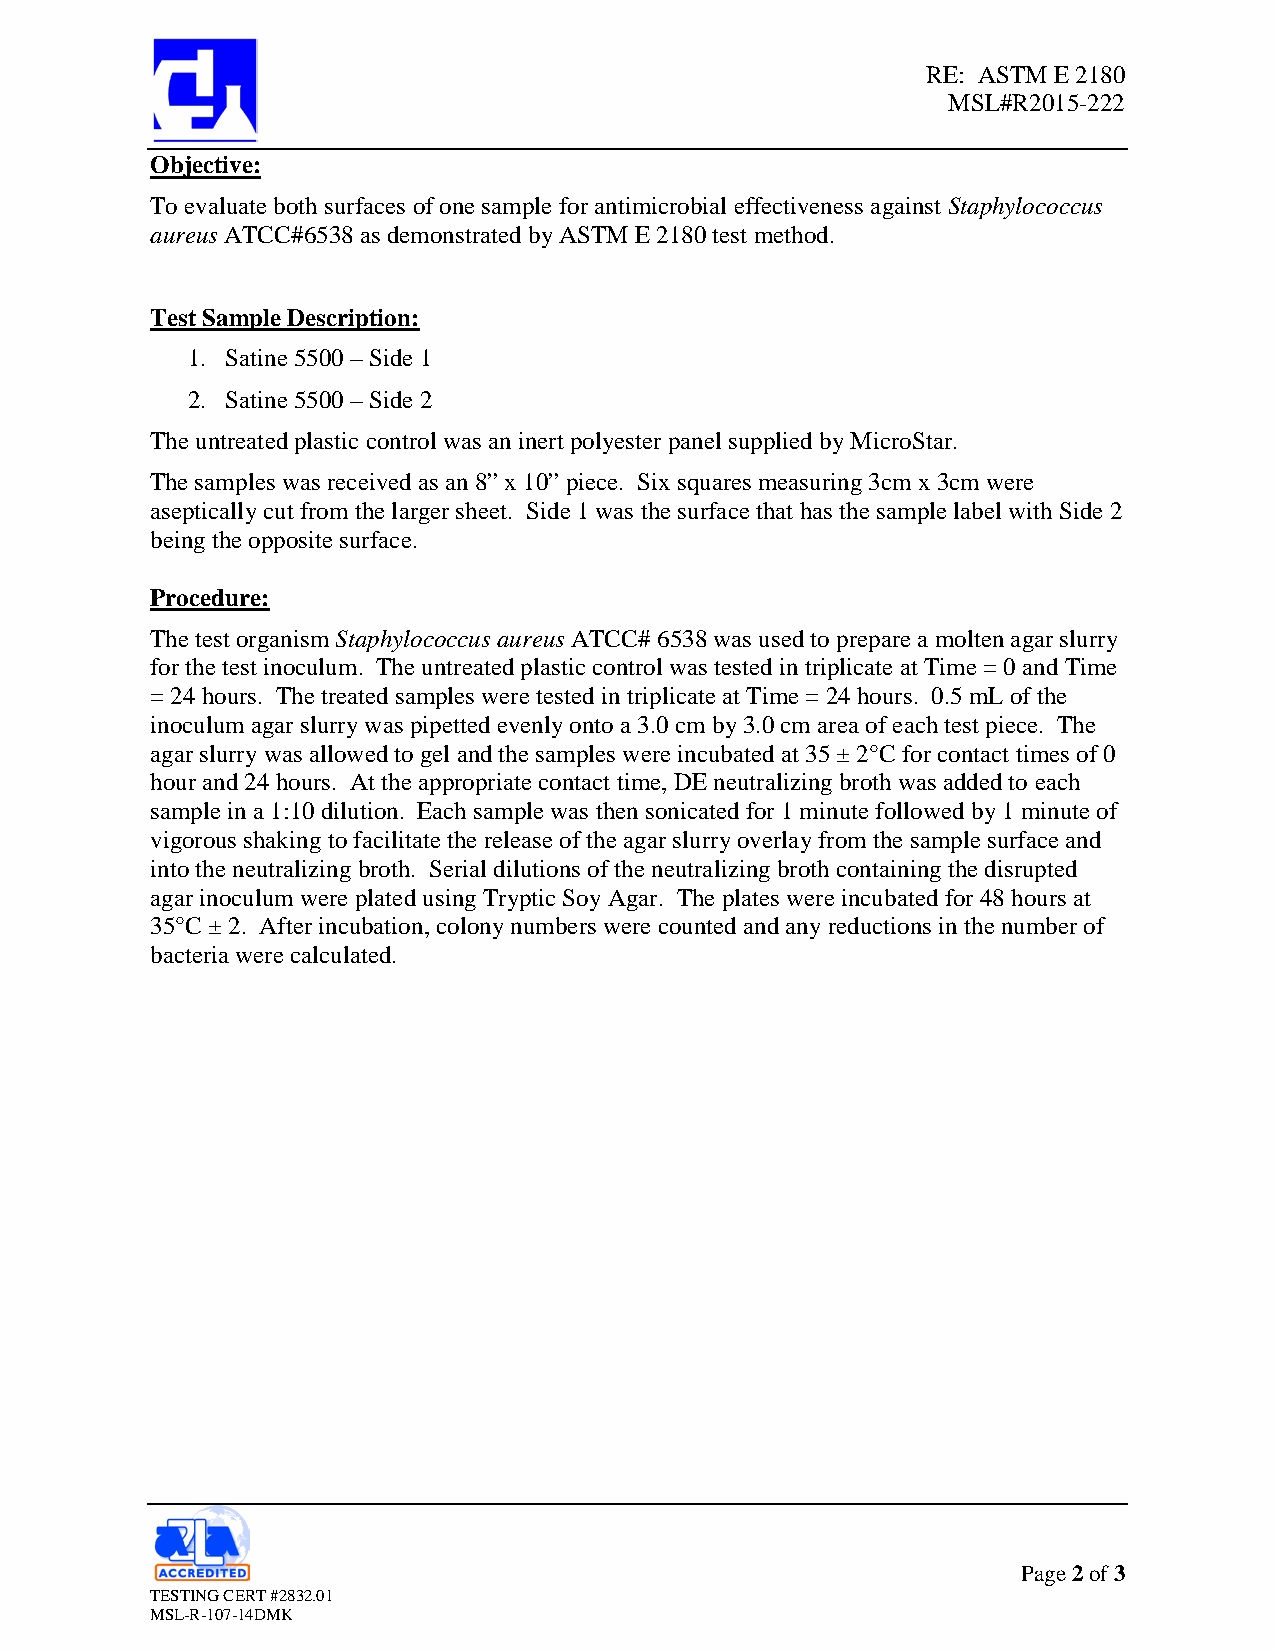
RE: ASTM E 2180
 MSL#R2015-222
 Objective:
 To evaluate both surfaces of one sample for antimicrobial effectiveness against Staphylococcus
 aureus ATCC#6538 as demonstrated by ASTM E 2180 test method.
 Test Sample Description:
 1. Satine 5500 – Side 1
 2. Satine 5500 – Side 2
 The untreated plastic control was an inert polyester panel supplied by MicroStar.
 The samples was received as an 8” x 10” piece. Six squares measuring 3cm x 3cm were
 aseptically cut from the larger sheet. Side 1 was the surface that has the sample label with Side 2
 being the opposite surface.
 Procedure:
 The test organism Staphylococcus aureus ATCC# 6538 was used to prepare a molten agar slurry
 for the test inoculum. The untreated plastic control was tested in triplicate at Time = 0 and Time
 = 24 hours. The treated samples were tested in triplicate at Time = 24 hours. 0.5 mL of the
 inoculum agar slurry was pipetted evenly onto a 3.0 cm by 3.0 cm area of each test piece. The
 agar slurry was allowed to gel and the samples were incubated at 35 ± 2°C for contact times of 0
 hour and 24 hours. At the appropriate contact time, DE neutralizing broth was added to each
 sample in a 1:10 dilution. Each sample was then sonicated for 1 minute followed by 1 minute of
 vigorous shaking to facilitate the release of the agar slurry overlay from the sample surface and
 into the neutralizing broth. Serial dilutions of the neutralizing broth containing the disrupted
 agar inoculum were plated using Tryptic Soy Agar. The plates were incubated for 48 hours at
 35°C ± 2. After incubation, colony numbers were counted and any reductions in the number of
 bacteria were calculated.
 Page 2 of 3
 TESTING CERT #2832.01
 MSL-R-107-14DMK